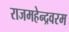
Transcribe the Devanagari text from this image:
राजमहेन्द्रवरम